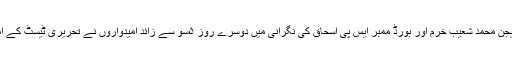
ڈی آئی جی دیامر ریجن محمد شعیب خرم اور بورڈ ممبر ایس پی اسحاق کی نگرانی میں دوسرے روز ۵سو سے زائد اُمیدواروں نے تحریری ٹیسٹ کے امتحان میں حصہ لیا ۔